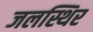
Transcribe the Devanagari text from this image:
जलस्थिर